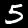
Label: 5